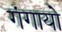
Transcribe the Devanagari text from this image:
गंगायो